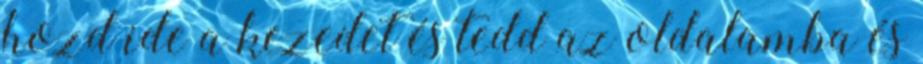
hozd ide a kezedet és tedd az oldalamba és